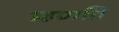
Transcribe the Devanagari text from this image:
म्हणति